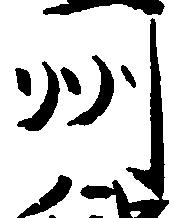
州